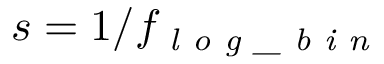
s = 1 / f _ { \textit { l o g \_ b i n } }